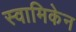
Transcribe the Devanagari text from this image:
स्वामिकेन